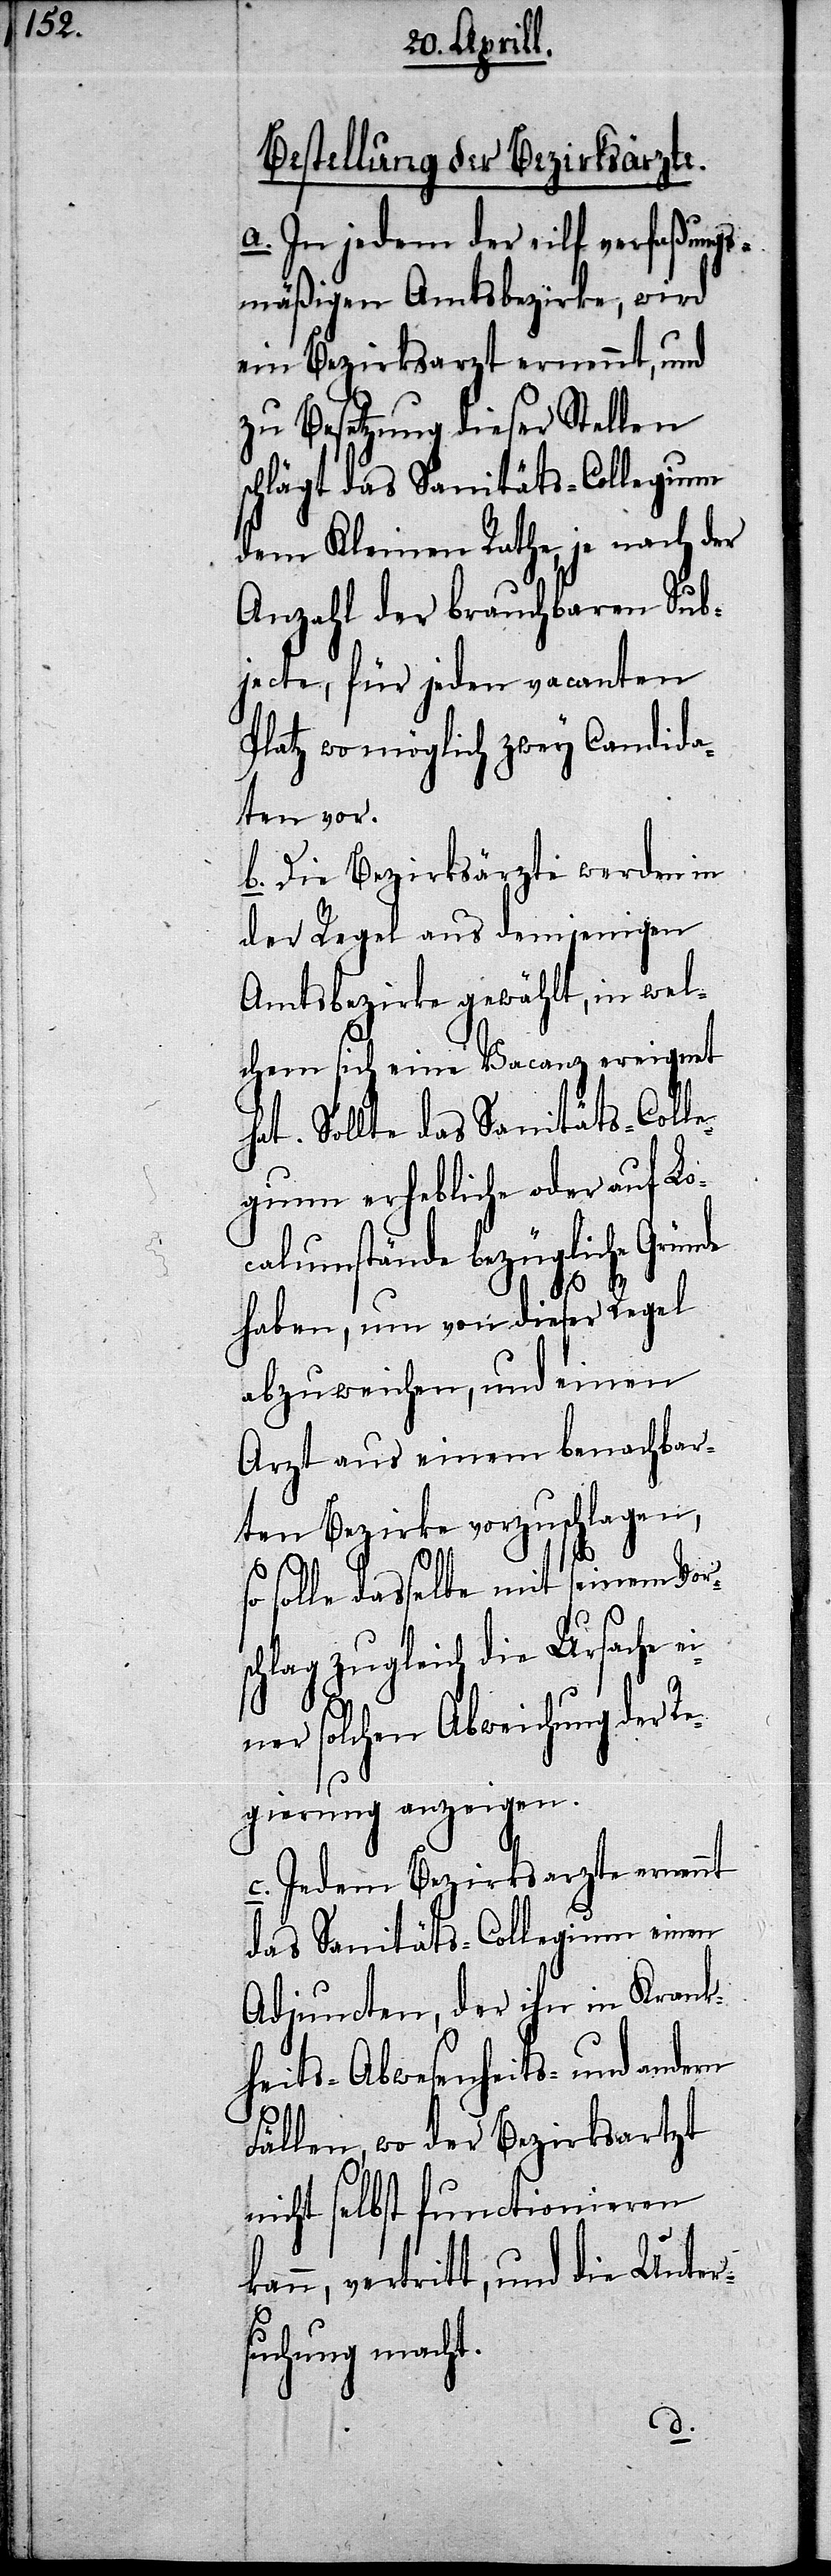
Bestellung der Bezirksärzte.
a. In jedem der eilf verfaßungs¬
mäßigen Amtsbezirke, wird
ein Bezirksarzt ernennt, und
zu Besetzung dieser Stellen
chlägt das Sanitäts-Collegium
dem Kleinen Rathe, je nach der
Anzahl der brauchbaren Sub¬
jecte, für jeden vacanten
Platz wo möglich zwey Candida¬
ten vor.
b. Die Bezirksärzte werden in
der Regel aus demjenigen
Amtsbezirke gewählt, in wel¬
chem sich eine Vacanz ereignet
hat. Sollte das Sanitäts-Coll¬
egium erhebliche oder auf Lo¬
calumstände bezügliche Gründe
haben, um von dieser Regel
abzuweichen, und einen
Arzt aus einem benachbar¬
ten Bezirke vorzuschlagen,
eit¬
so solle dasselbe mit seinem Vor¬
hlag zugleich die Ursache
ner solchen Abweichung der Re¬
gierung anzeigen.
c. Jedem Bezirksarzte ernennt
das Sanitäts-Collegium einen
Adjuncten, der ihn in Krankh¬
s-[,] Abwesenheits- und
Fällen, wo der Bezirksartzt
nicht selbst functionieren
vertritt, und die Unter¬
suchung macht.